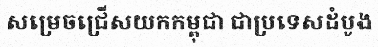
សម្រេចជ្រើសយកកម្ពុជា ជាប្រទេសដំបូង